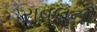
રાવલની